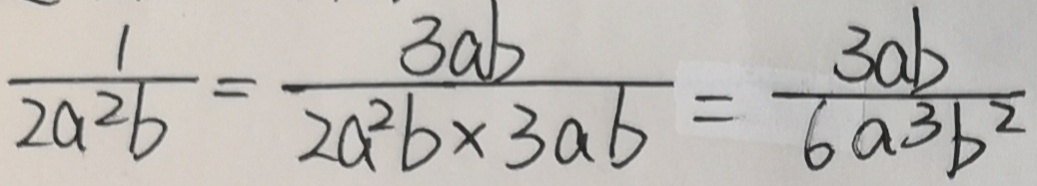
\frac { 1 } { 2 a ^ { 2 } b } = \frac { 3 a b } { 2 a ^ { 2 } b \times 3 a b } = \frac { 3 a b } { 6 a 3 b ^ { 2 } }